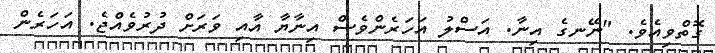
ގޮތްވިއެވެ. "ނޭނގެ އިނާ. އަސްލު އަހަރެންވެސް އިނާޔާ އާއި ވަރަށް ދުރުވެއްޖެ. އަހަރެން